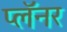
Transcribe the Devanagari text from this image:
प्लॅनर